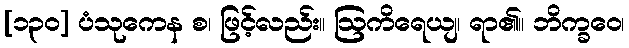
[၁၃၀] ပံသုကေန စ၊ ဖြင့်လည်း။ ဩကိရေယျ၊ ရာ၏။ ဘိက္ခဝေ၊